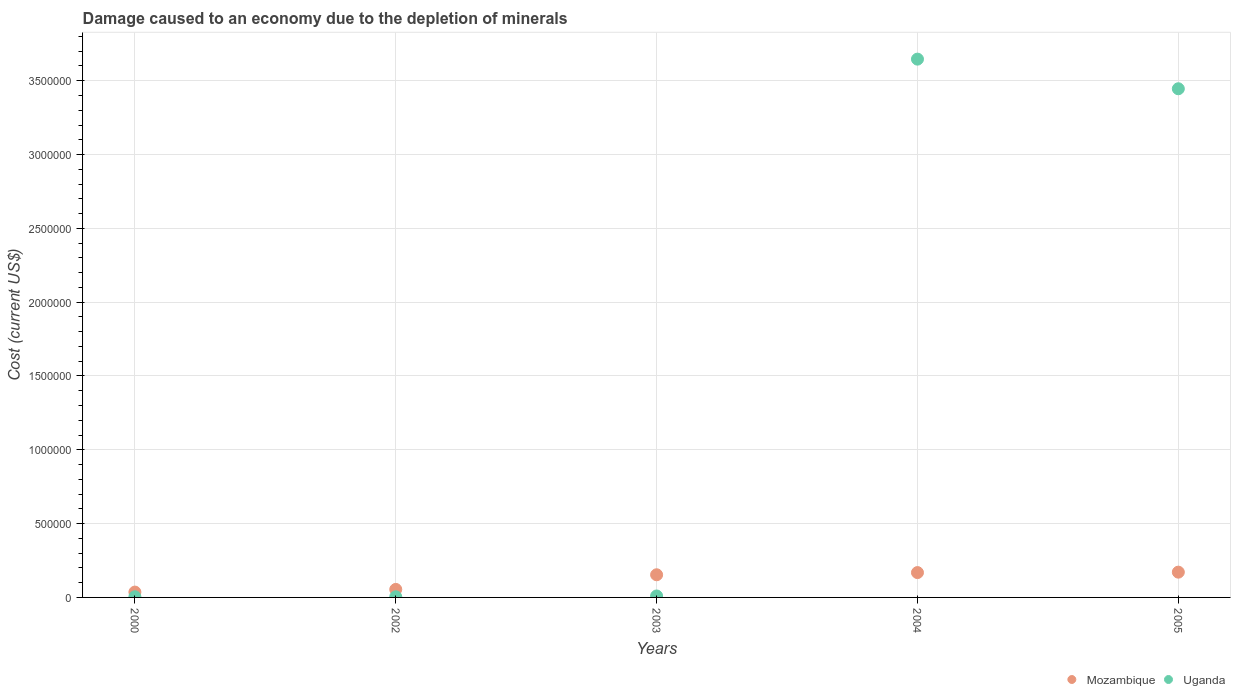
| Years | Mozambique | Uganda |
 | --- | --- | --- |
 | 2000 | 3.62e+04 | 4.59e+03 |
 | 2002 | 5.43e+04 | 4.44e+03 |
 | 2003 | 1.53e+05 | 9.8e+03 |
 | 2004 | 1.68e+05 | 3.65e+06 |
 | 2005 | 1.71e+05 | 3.45e+06 |